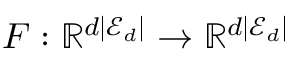
F : \mathbb { R } ^ { d | \mathcal { E } _ { d } | } \rightarrow \mathbb { R } ^ { d | \mathcal { E } _ { d } | }